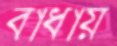
বাধায়